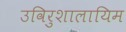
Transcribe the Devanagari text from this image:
उविरुशालायिम